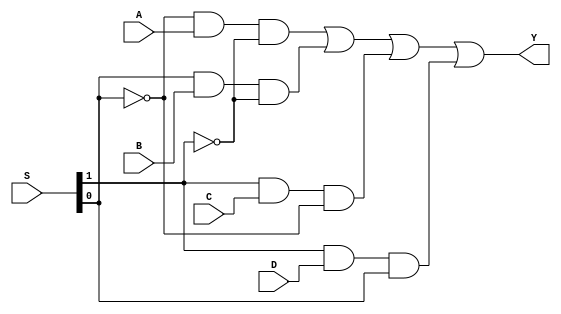
module mux41(Y,A,B,C,D,S);
output Y;
input A,B,C,D;
input [1:0]S;
assign Y=(~S[0]&A&~S[1])|(S[0]&B&~S[1])|(S[1]&C&~S[0])|(S[1]&D&S[0]);
endmodule